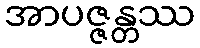
အာပဇ္ဇန္တဿ